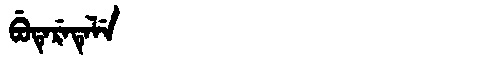
Manchu: ᠪᡠᡨᡝᡵᡝᡨᡝᠯᡝ
Romanization: BUTERETELE